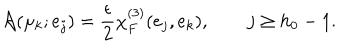
{ \cal A } ( \mu _ { k } ; e _ { j } ) = { \frac { \epsilon } { 2 } } \chi _ { F } ^ { ( 3 ) } ( e _ { j } , e _ { k } ) , \qquad j \ge h _ { 0 } - 1 .